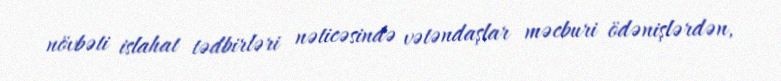
növbəti islahat tədbirləri nəticəsində vətəndaşlar məcburi ödənişlərdən,